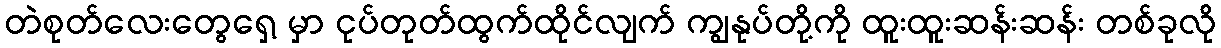
တဲစုတ်လေးတွေရှေ့ မှာ ငုပ်တုတ်ထွက်ထိုင်လျက် ကျွနုပ်တို့ကို ထူးထူးဆန်းဆန်း တစ်ခုလို